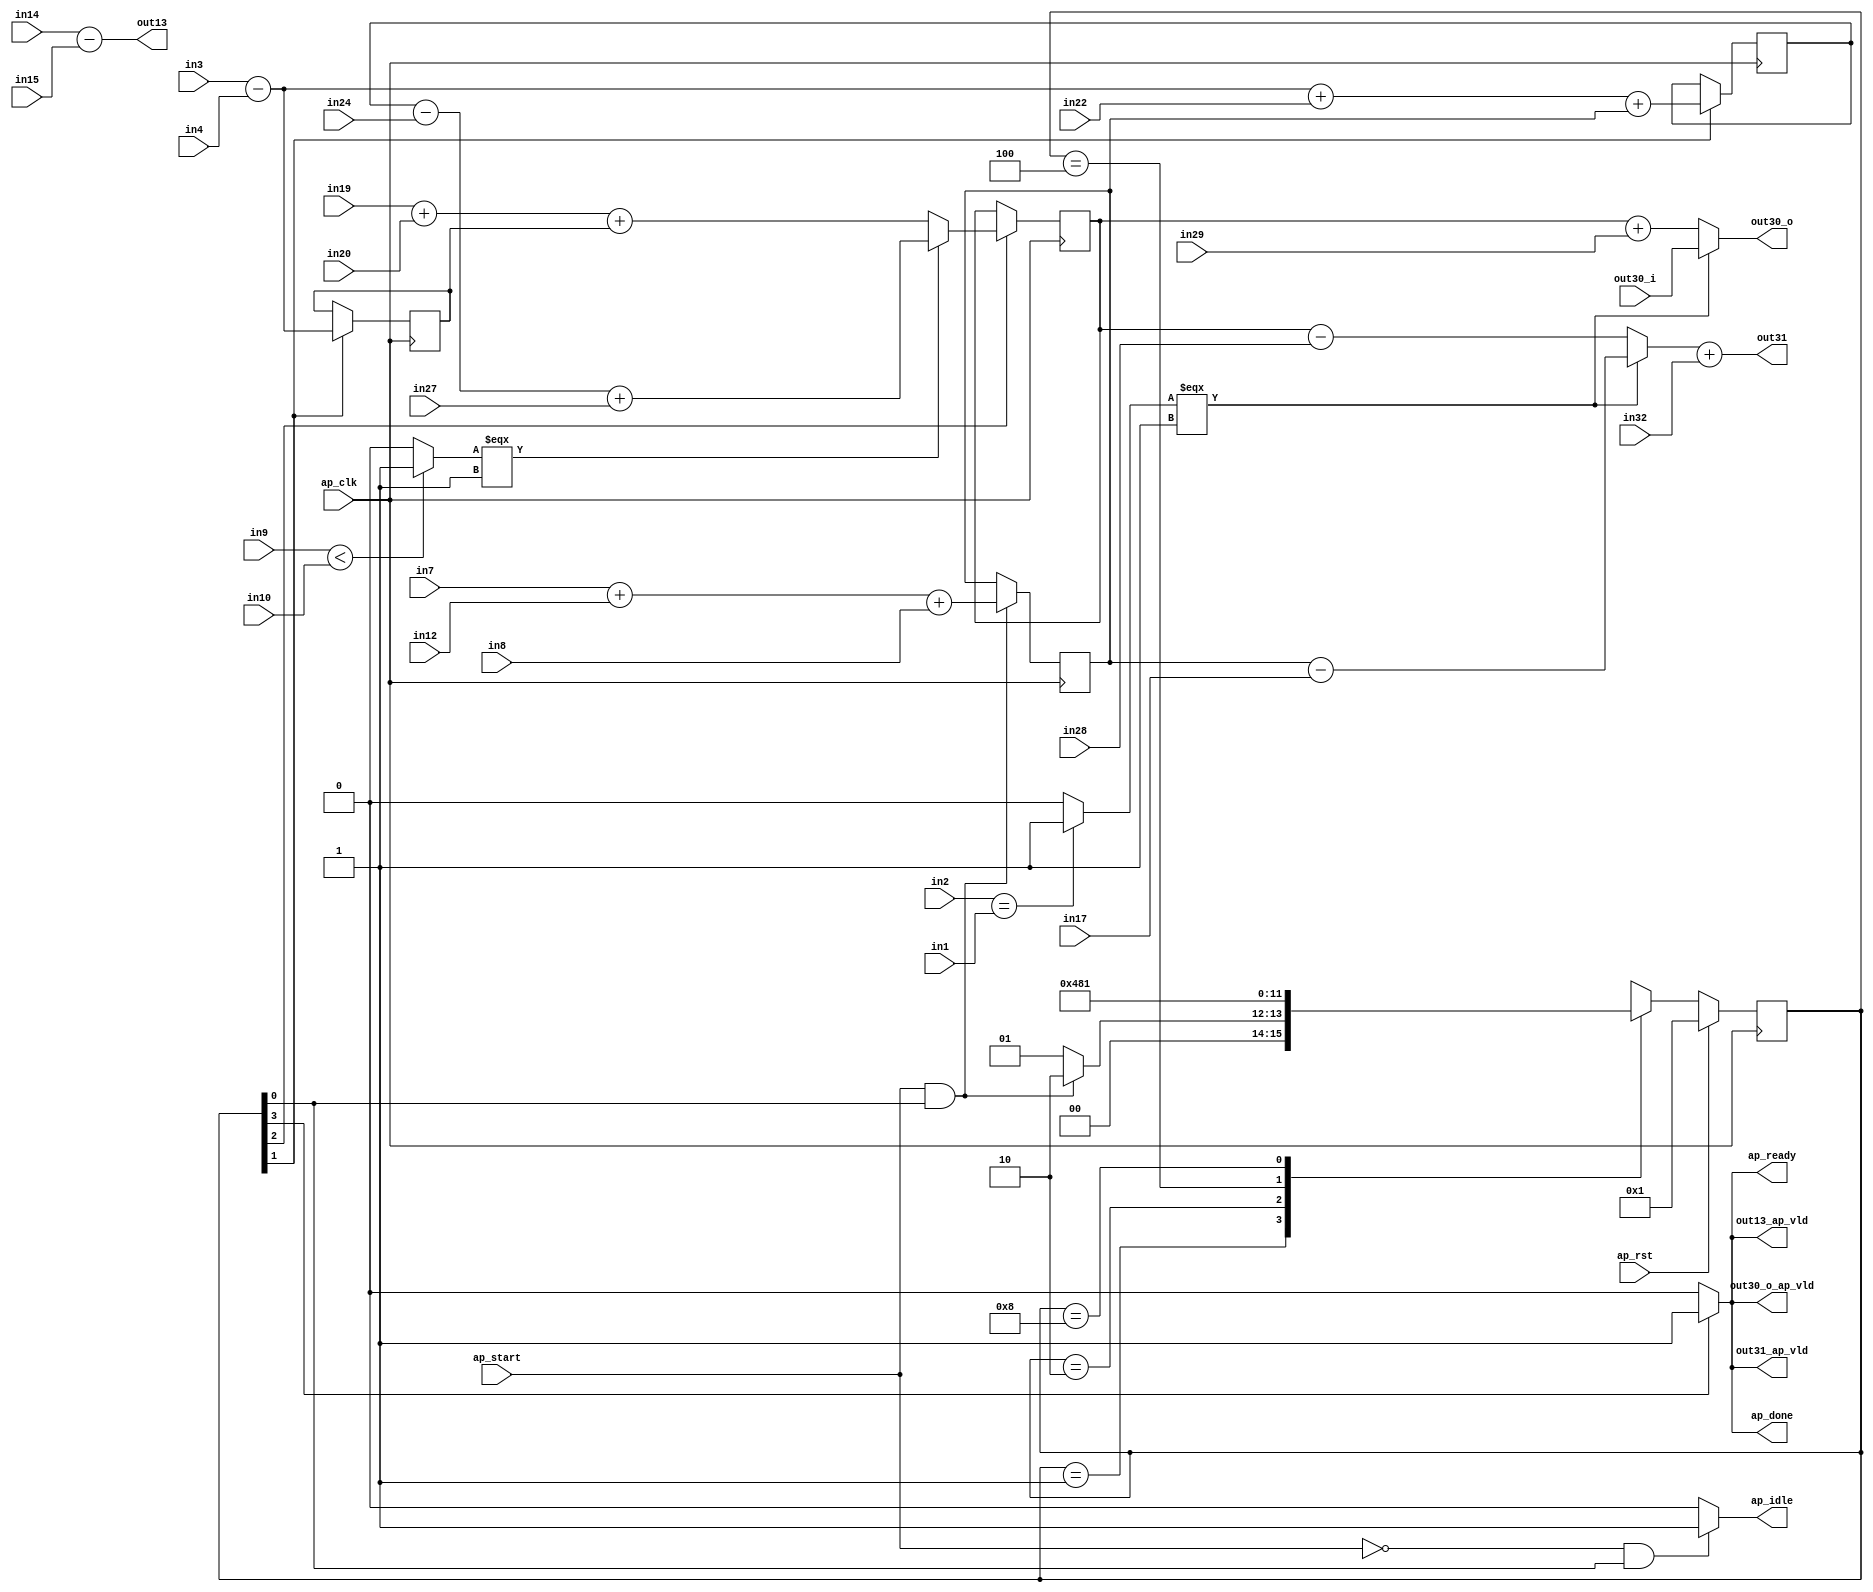
// ==============================================================
// RTL generated by Vivado(TM) HLS - High-Level Synthesis from C, C++ and SystemC
// Version: 2018.3
// Copyright (C) 1986-2018 Xilinx, Inc. All Rights Reserved.
// 
// ===========================================================

`timescale 1 ns / 1 ps 

(* CORE_GENERATION_INFO="hls_macc,hls_ip_2018_3,{HLS_INPUT_TYPE=c,HLS_INPUT_FLOAT=0,HLS_INPUT_FIXED=0,HLS_INPUT_PART=xa7a12tcsg325-1q,HLS_INPUT_CLOCK=10.000000,HLS_INPUT_ARCH=others,HLS_SYN_CLOCK=7.207000,HLS_SYN_LAT=3,HLS_SYN_TPT=none,HLS_SYN_MEM=0,HLS_SYN_DSP=0,HLS_SYN_FF=132,HLS_SYN_LUT=649,HLS_VERSION=2018_3}" *)

module hls_macc (
        ap_clk,
        ap_rst,
        ap_start,
        ap_done,
        ap_idle,
        ap_ready,
        in1,
        in2,
        in3,
        in4,
        in7,
        in8,
        in9,
        in10,
        in14,
        in12,
        in15,
        in17,
        in19,
        in20,
        in22,
        in24,
        in27,
        in28,
        in29,
        in32,
        out13,
        out13_ap_vld,
        out30_i,
        out30_o,
        out30_o_ap_vld,
        out31,
        out31_ap_vld
);

parameter    ap_ST_fsm_state1 = 4'd1;
parameter    ap_ST_fsm_state2 = 4'd2;
parameter    ap_ST_fsm_state3 = 4'd4;
parameter    ap_ST_fsm_state4 = 4'd8;

input   ap_clk;
input   ap_rst;
input   ap_start;
output   ap_done;
output   ap_idle;
output   ap_ready;
input  [31:0] in1;
input  [31:0] in2;
input  [31:0] in3;
input  [31:0] in4;
input  [31:0] in7;
input  [31:0] in8;
input  [31:0] in9;
input  [31:0] in10;
input  [31:0] in14;
input  [31:0] in12;
input  [31:0] in15;
input  [31:0] in17;
input  [31:0] in19;
input  [31:0] in20;
input  [31:0] in22;
input  [31:0] in24;
input  [31:0] in27;
input  [31:0] in28;
input  [31:0] in29;
input  [31:0] in32;
output  [31:0] out13;
output   out13_ap_vld;
input  [31:0] out30_i;
output  [31:0] out30_o;
output   out30_o_ap_vld;
output  [31:0] out31;
output   out31_ap_vld;

reg ap_done;
reg ap_idle;
reg ap_ready;
reg out13_ap_vld;
reg out30_o_ap_vld;
reg out31_ap_vld;

(* fsm_encoding = "none" *) reg   [3:0] ap_CS_fsm;
wire    ap_CS_fsm_state1;
wire   [31:0] t11_fu_211_p2;
reg   [31:0] t11_reg_322;
wire   [31:0] t5_fu_217_p2;
reg   [31:0] t5_reg_328;
wire    ap_CS_fsm_state2;
wire   [31:0] t23_fu_229_p2;
reg   [31:0] t23_reg_333;
wire   [31:0] t26_2_fu_262_p3;
reg   [31:0] t26_2_reg_338;
wire    ap_CS_fsm_state3;
wire    ap_CS_fsm_state4;
wire   [31:0] tmp1_fu_205_p2;
wire   [31:0] tmp2_fu_223_p2;
wire   [31:0] t25_fu_240_p2;
wire   [31:0] tmp3_fu_251_p2;
wire   [0:0] tmp_2_fu_234_p2;
wire   [31:0] t26_fu_245_p2;
wire   [31:0] t26_1_fu_257_p2;
wire   [0:0] tmp_fu_277_p2;
wire   [31:0] t16_fu_283_p2;
wire   [31:0] t16_1_fu_288_p2;
wire   [31:0] tempout30_1_fu_293_p2;
wire   [31:0] t16_2_fu_298_p3;
reg   [3:0] ap_NS_fsm;

// power-on initialization
initial begin
#0 ap_CS_fsm = 4'd1;
end

always @ (posedge ap_clk) begin
    if (ap_rst == 1'b1) begin
        ap_CS_fsm <= ap_ST_fsm_state1;
    end else begin
        ap_CS_fsm <= ap_NS_fsm;
    end
end

always @ (posedge ap_clk) begin
    if (((ap_start == 1'b1) & (1'b1 == ap_CS_fsm_state1))) begin
        t11_reg_322 <= t11_fu_211_p2;
    end
end

always @ (posedge ap_clk) begin
    if ((1'b1 == ap_CS_fsm_state2)) begin
        t23_reg_333 <= t23_fu_229_p2;
        t5_reg_328 <= t5_fu_217_p2;
    end
end

always @ (posedge ap_clk) begin
    if ((1'b1 == ap_CS_fsm_state3)) begin
        t26_2_reg_338 <= t26_2_fu_262_p3;
    end
end

always @ (*) begin
    if ((1'b1 == ap_CS_fsm_state4)) begin
        ap_done = 1'b1;
    end else begin
        ap_done = 1'b0;
    end
end

always @ (*) begin
    if (((ap_start == 1'b0) & (1'b1 == ap_CS_fsm_state1))) begin
        ap_idle = 1'b1;
    end else begin
        ap_idle = 1'b0;
    end
end

always @ (*) begin
    if ((1'b1 == ap_CS_fsm_state4)) begin
        ap_ready = 1'b1;
    end else begin
        ap_ready = 1'b0;
    end
end

always @ (*) begin
    if ((1'b1 == ap_CS_fsm_state4)) begin
        out13_ap_vld = 1'b1;
    end else begin
        out13_ap_vld = 1'b0;
    end
end

always @ (*) begin
    if ((1'b1 == ap_CS_fsm_state4)) begin
        out30_o_ap_vld = 1'b1;
    end else begin
        out30_o_ap_vld = 1'b0;
    end
end

always @ (*) begin
    if ((1'b1 == ap_CS_fsm_state4)) begin
        out31_ap_vld = 1'b1;
    end else begin
        out31_ap_vld = 1'b0;
    end
end

always @ (*) begin
    case (ap_CS_fsm)
        ap_ST_fsm_state1 : begin
            if (((ap_start == 1'b1) & (1'b1 == ap_CS_fsm_state1))) begin
                ap_NS_fsm = ap_ST_fsm_state2;
            end else begin
                ap_NS_fsm = ap_ST_fsm_state1;
            end
        end
        ap_ST_fsm_state2 : begin
            ap_NS_fsm = ap_ST_fsm_state3;
        end
        ap_ST_fsm_state3 : begin
            ap_NS_fsm = ap_ST_fsm_state4;
        end
        ap_ST_fsm_state4 : begin
            ap_NS_fsm = ap_ST_fsm_state1;
        end
        default : begin
            ap_NS_fsm = 'bx;
        end
    endcase
end

assign ap_CS_fsm_state1 = ap_CS_fsm[32'd0];

assign ap_CS_fsm_state2 = ap_CS_fsm[32'd1];

assign ap_CS_fsm_state3 = ap_CS_fsm[32'd2];

assign ap_CS_fsm_state4 = ap_CS_fsm[32'd3];

assign out13 = (in14 - in15);

assign out30_o = ((tmp_fu_277_p2[0:0] === 1'b1) ? out30_i : tempout30_1_fu_293_p2);

assign out31 = (t16_2_fu_298_p3 + in32);

assign t11_fu_211_p2 = (tmp1_fu_205_p2 + in8);

assign t16_1_fu_288_p2 = (t26_2_reg_338 - in28);

assign t16_2_fu_298_p3 = ((tmp_fu_277_p2[0:0] === 1'b1) ? t16_fu_283_p2 : t16_1_fu_288_p2);

assign t16_fu_283_p2 = (t11_reg_322 - in17);

assign t23_fu_229_p2 = (tmp2_fu_223_p2 + t11_reg_322);

assign t25_fu_240_p2 = (t23_reg_333 - in24);

assign t26_1_fu_257_p2 = (tmp3_fu_251_p2 + t5_reg_328);

assign t26_2_fu_262_p3 = ((tmp_2_fu_234_p2[0:0] === 1'b1) ? t26_fu_245_p2 : t26_1_fu_257_p2);

assign t26_fu_245_p2 = (t25_fu_240_p2 + in27);

assign t5_fu_217_p2 = (in3 - in4);

assign tempout30_1_fu_293_p2 = (t26_2_reg_338 + in29);

assign tmp1_fu_205_p2 = (in7 + in12);

assign tmp2_fu_223_p2 = (t5_fu_217_p2 + in22);

assign tmp3_fu_251_p2 = (in19 + in20);

assign tmp_2_fu_234_p2 = (($signed(in9) < $signed(in10)) ? 1'b1 : 1'b0);

assign tmp_fu_277_p2 = ((in2 == in1) ? 1'b1 : 1'b0);

endmodule //hls_macc